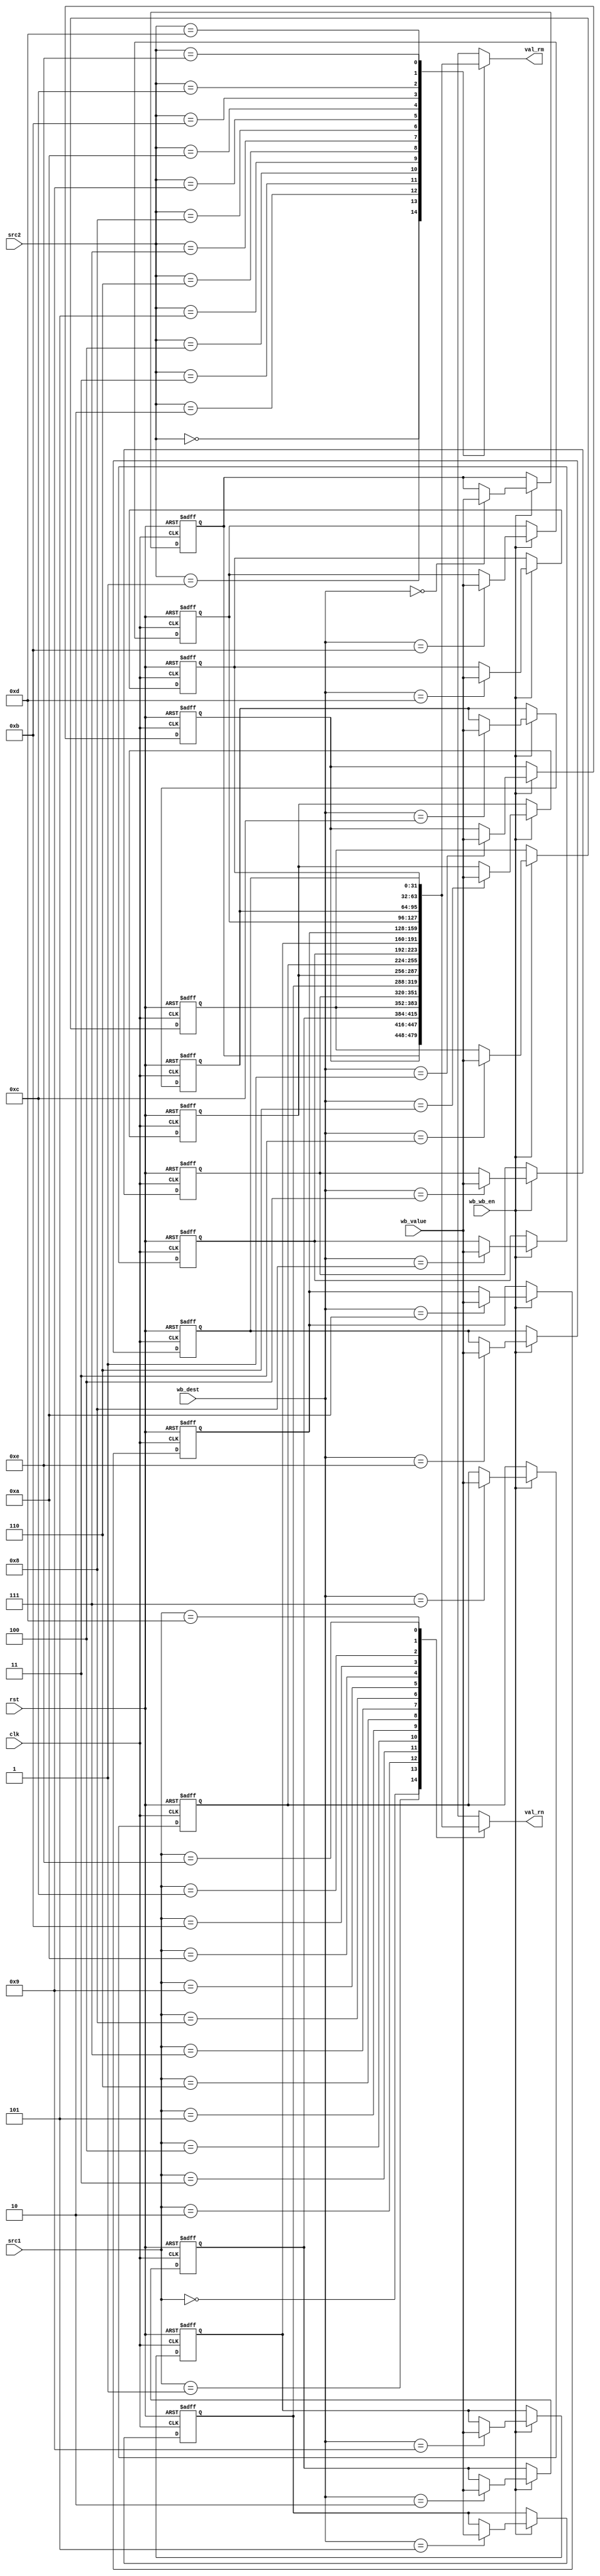

module REG_FILE(val_rn,val_rm,clk,rst,src1,src2,wb_dest,wb_value,wb_wb_en);
	output [31:0]val_rn,val_rm;
	input [31:0]wb_value;
	input [3:0]src1,src2,wb_dest;
	input clk,rst,wb_wb_en;

	reg [31:0]register[0:14];
	integer i;
	initial begin
		for (i = 0; i < 15; i=i+1)
			register[i] = i;
	end
		
	assign val_rn = register[src1];
	assign val_rm = register[src2];

	always @(negedge clk or posedge rst) begin
		if (rst) begin
			for (i = 0; i < 15; i=i+1)
				register[i] <= i;
		end
		else if(wb_wb_en)
			register[wb_dest] <= wb_value;
	end
endmodule


module CONTROL(exe_cmd,mem_read,mem_write,wb_en,b,s,opcode,s_in,mode,or_out);
	output reg[3:0]exe_cmd;
	output mem_read,mem_write,wb_en,b,s;
	input [3:0]opcode;
	input [1:0]mode;
	input s_in,or_out;
	
	reg [4:0]signal;
	assign {mem_read,mem_write,wb_en,b,s}=signal;

	always @(*) begin
		if(or_out) begin signal=5'b0; exe_cmd=4'b0; end 
			else if(mode==2'b10) begin signal={5'b00010}; exe_cmd=4'bxxxx; end	//b
				else case({mode,opcode})
					6'b00_1101: begin signal={4'b0010,s_in}; exe_cmd=4'b0001; end	//mov
					6'b00_1111: begin signal={4'b0010,s_in}; exe_cmd=4'b1001; end	//mvn
					6'b00_0100: begin signal={4'b0010,s_in}; exe_cmd=4'b0010; end	//add
					6'b00_0101: begin signal={4'b0010,s_in}; exe_cmd=4'b0011; end	//adc
					6'b00_0010: begin signal={4'b0010,s_in}; exe_cmd=4'b0100; end	//sub
					6'b00_0110: begin signal={4'b0010,s_in}; exe_cmd=4'b0101; end	//sbc
					6'b00_0000: begin signal={4'b0010,s_in}; exe_cmd=4'b0110; end	//and
					6'b00_1100: begin signal={4'b0010,s_in}; exe_cmd=4'b0111; end	//orr
					6'b00_0001: begin signal={4'b0010,s_in}; exe_cmd=4'b1000; end	//eor
					6'b00_1010: begin signal={5'b00001}; exe_cmd=4'b0100; end	//cmp
					6'b00_1000: begin signal={5'b00001}; exe_cmd=4'b0110; end	//tst
					6'b01_0100: begin signal={s_in,~s_in,s_in,2'b00}; exe_cmd=4'b0010; end     //ldr,str
					default: begin signal=5'b0; exe_cmd=4'b0; end
				endcase
	end
endmodule


module CONDITION_CHECK(cond_out,cond,status);
	output reg cond_out;
	input [3:0]status;
	input [3:0]cond;

	wire n,z,c,v;
	assign {n,z,c,v}=status;

	always @(*) begin
		case(cond)
			4'b0000: if(z) cond_out=1'b1; else cond_out=1'b0;
			4'b0001: if(~z) cond_out=1'b1; else cond_out=1'b0;
			4'b0010: if(c) cond_out=1'b1; else cond_out=1'b0;
			4'b0011: if(~c) cond_out=1'b1; else cond_out=1'b0;
			4'b0100: if(n) cond_out=1'b1; else cond_out=1'b0;
			4'b0101: if(~n) cond_out=1'b1; else cond_out=1'b0;
			4'b0110: if(v) cond_out=1'b1; else cond_out=1'b0;
			4'b0111: if(~v) cond_out=1'b1; else cond_out=1'b0;
			4'b1000: if(c & ~z) cond_out=1'b1; else cond_out=1'b0;
			4'b1001: if(~c & z) cond_out=1'b1; else cond_out=1'b0;
			4'b1010: if(n==v) cond_out=1'b1; else cond_out=1'b0;
			4'b1011: if(n!=v) cond_out=1'b1; else cond_out=1'b0;
			4'b1100: if(~z & (n==v)) cond_out=1'b1; else cond_out=1'b0;
			4'b1101: if(z | (n!=v)) cond_out=1'b1; else cond_out=1'b0;
			4'b1110: cond_out=1'b1;
			default: cond_out=1'b1;
		endcase
	end
endmodule


module MUX_SRC2(src2,rm,rd,mem_write);
	output [3:0]src2;
	input [3:0]rm,rd;
	input mem_write;

	assign src2=(mem_write)? rd : rm;
endmodule